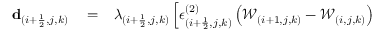
\begin{array} { r l r } { \mathbf { d } _ { ( i + \frac { 1 } { 2 } , j , k ) } } & { { } = } & { \lambda _ { ( i + \frac { 1 } { 2 } , j , k ) } \left[ \epsilon _ { ( i + \frac { 1 } { 2 } , j , k ) } ^ { ( 2 ) } \left( \mathcal { W } _ { ( i + 1 , j , k ) } - \mathcal { W } _ { ( i , j , k ) } \right) \right. } \end{array}